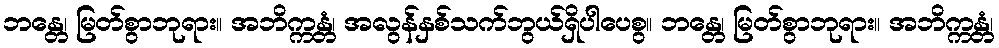
ဘန္တေ၊ မြတ်စွာဘုရား။ အဘိက္ကန္တံ၊ အလွန်နှစ်သက်ဘွယ်ရှိပါပေစွ။ ဘန္တေ၊ မြတ်စွာဘုရား။ အဘိက္ကန္တံ၊